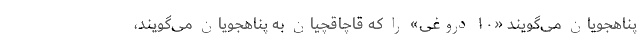
پناهجویان می‌گویند «۱۰ دروغی» را که قاچاقچیان به پناهجویان می‌گویند،